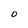
Character: O